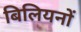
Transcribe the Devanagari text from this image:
बिलियनों